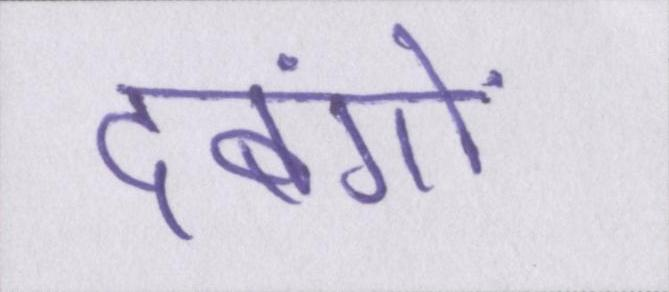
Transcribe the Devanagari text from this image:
दबंगों